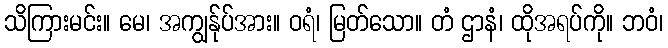
သိကြားမင်း။ မေ၊ အကျွန်ုပ်အား။ ဝရံ၊ မြတ်သော။ တံ ဌာနံ၊ ထိုအရပ်ကို။ ဘဝံ၊